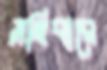
সহিবারে